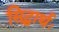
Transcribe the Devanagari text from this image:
सिद्धार्थः